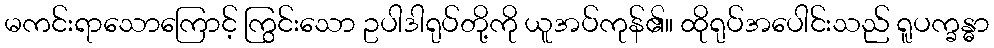
မကင်းရာသောကြောင့် ကြွင်းသော ဥပါဒါရုပ်တို့ကို ယူအပ်ကုန်၏။ ထိုရုပ်အပေါင်းသည် ရူပက္ခန္ဓာ